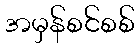
အမှန်စင်စစ်